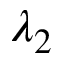
\lambda _ { 2 }